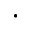
\cdot